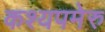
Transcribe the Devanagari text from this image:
कश्यपमेरु